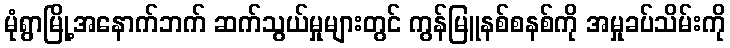
မုံရွာမြို့အနောက်ဘက် ဆက်သွယ်မှုများတွင် ကွန်မြူနစ်စနစ်ကို အမှုခပ်သိမ်းကို